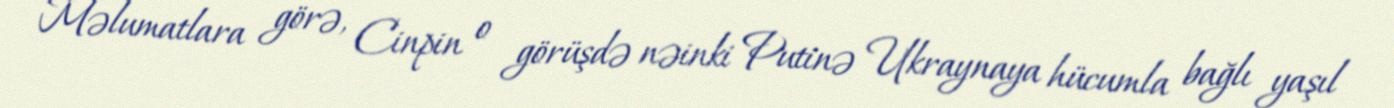
Məlumatlara görə, Cinpin o görüşdə nəinki Putinə Ukraynaya hücumla bağlı yaşıl